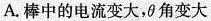
A. 棒中的电流变大，θ角变大